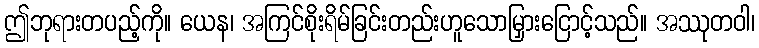
ဤဘုရားတပည့်ကို။ ယေန၊ အကြင်စိုးရိမ်ခြင်းတည်းဟူသောမြှားငြောင့်သည်။ အဿုတဝါ၊